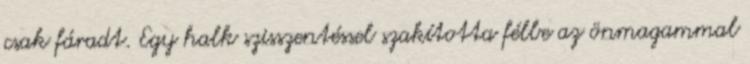
csak fáradt. Egy halk szisszentéssel szakította félbe az önmagammal